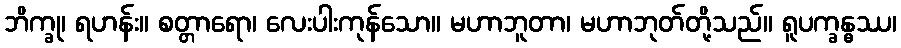
ဘိက္ခု၊ ရဟန်း။ စတ္တာရော၊ လေးပါးကုန်သော။ မဟာဘူတာ၊ မဟာဘုတ်တို့သည်။ ရူပက္ခန္ဓဿ၊